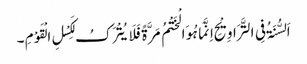
اَلسُّنَۃُ فِی التَّرَاوِیْحِ اِنَّمَا ہُوَالْخَتْمُ مَرَّۃً فَلَایُتْرَکُ لِکَسْلِ الْقَوْمِ ۔